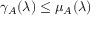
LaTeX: \gamma _ { A } ( \lambda ) \leq \mu _ { A } ( \lambda )